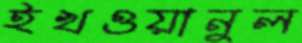
ইখওয়ানুল